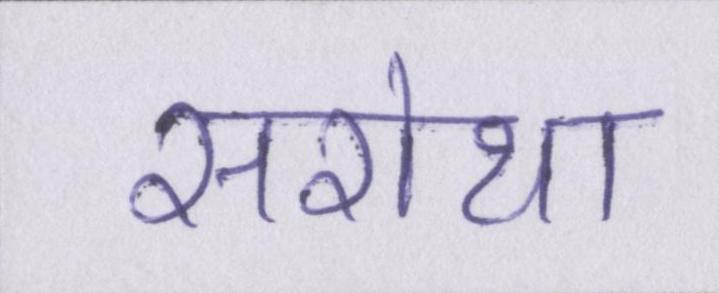
सरोथा